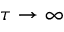
\tau \to \infty